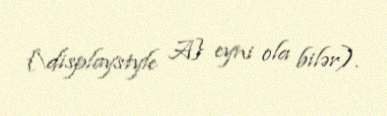
{\displaystyle A} eyni ola bilər).